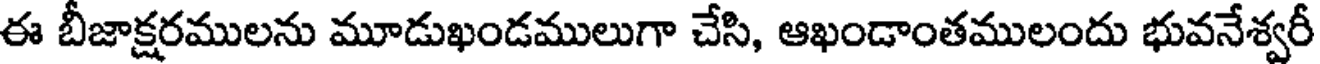
ఈ బీజాక్షరములను మూడుఖండములుగా చేసి, ఆఖండాంతములందు భువనేశ్వరీ